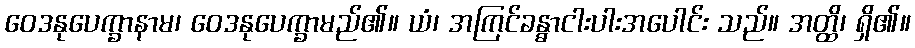
ဝေဒနုပေက္ခာနာမ၊ ဝေဒနုပေက္ခာမည်၏။ ယံ၊ အကြင်ခန္ဓာငါးပါးအပေါင်း သည်။ အတ္ထိ၊ ရှိ၏။